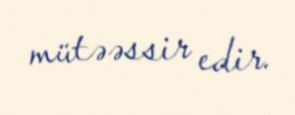
mütəəssir edir.